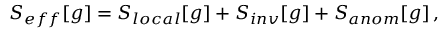
S _ { e f f } [ g ] = S _ { l o c a l } [ g ] + S _ { i n v } [ g ] + S _ { a n o m } [ g ] \, ,